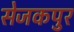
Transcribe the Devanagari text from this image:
सेजकपुर